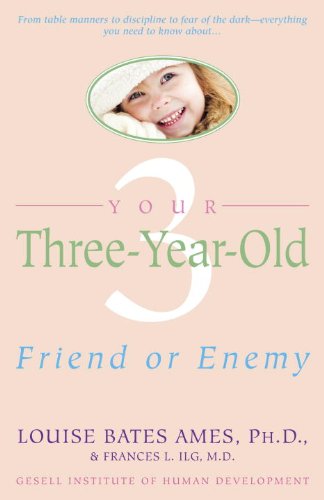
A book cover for Your Three-Year-Old: Friend or Enemy; Louise Bates Ames; Parenting & Relationships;